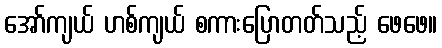
အော်ကျယ် ဟစ်ကျယ် စကားပြောတတ်သည့် ဖေဖေ။